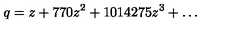
q = z + 7 7 0 z ^ { 2 } + 1 0 1 4 2 7 5 z ^ { 3 } + \ldots